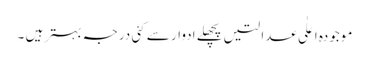
موجودہ اعلٰی عدالتیں پچھلے ادوار سے کئی درجہ بہتر ہیں ۔